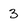
Character: 3